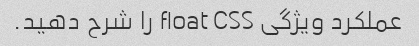
عملکرد ویژگی float CSS را شرح دهید.